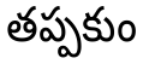
తప్పకుం